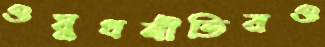
ওষুধনীতিরও